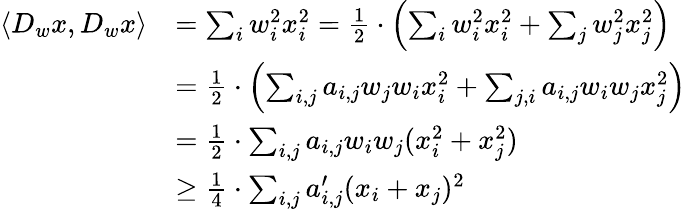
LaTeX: \begin{array}{rl}{\langle D_{w}x,D_{w}x\rangle}&{=\sum_{i}w_{i}^{2}x_{i}^{2}=\frac{1}{2}\cdot\left(\sum_{i}w_{i}^{2}x_{i}^{2}+\sum_{j}w_{j}^{2}x_{j}^{2}\right)}\\ &{=\frac{1}{2}\cdot\left(\sum_{i,j}a_{i,j}w_{j}w_{i}x_{i}^{2}+\sum_{j,i}a_{i,j}w_{i}w_{j}x_{j}^{2}\right)}\\ &{=\frac{1}{2}\cdot\sum_{i,j}a_{i,j}w_{i}w_{j}(x_{i}^{2}+x_{j}^{2})}\\ &{\geq\frac{1}{4}\cdot\sum_{i,j}a_{i,j}^{\prime}(x_{i}+x_{j})^{2}}\end{array}